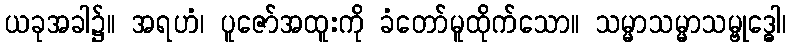
ယခုအခါ၌။ အရဟံ၊ ပူဇော်အထူးကို ခံတော်မူထိုက်သော။ သမ္မာသမ္မာသမ္ဗုဒ္ဓေါ၊